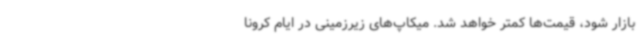
بازار شود، قیمت‌ها کمتر خواهد شد. میکاپ‌های زیرزمینی در ایام کرونا